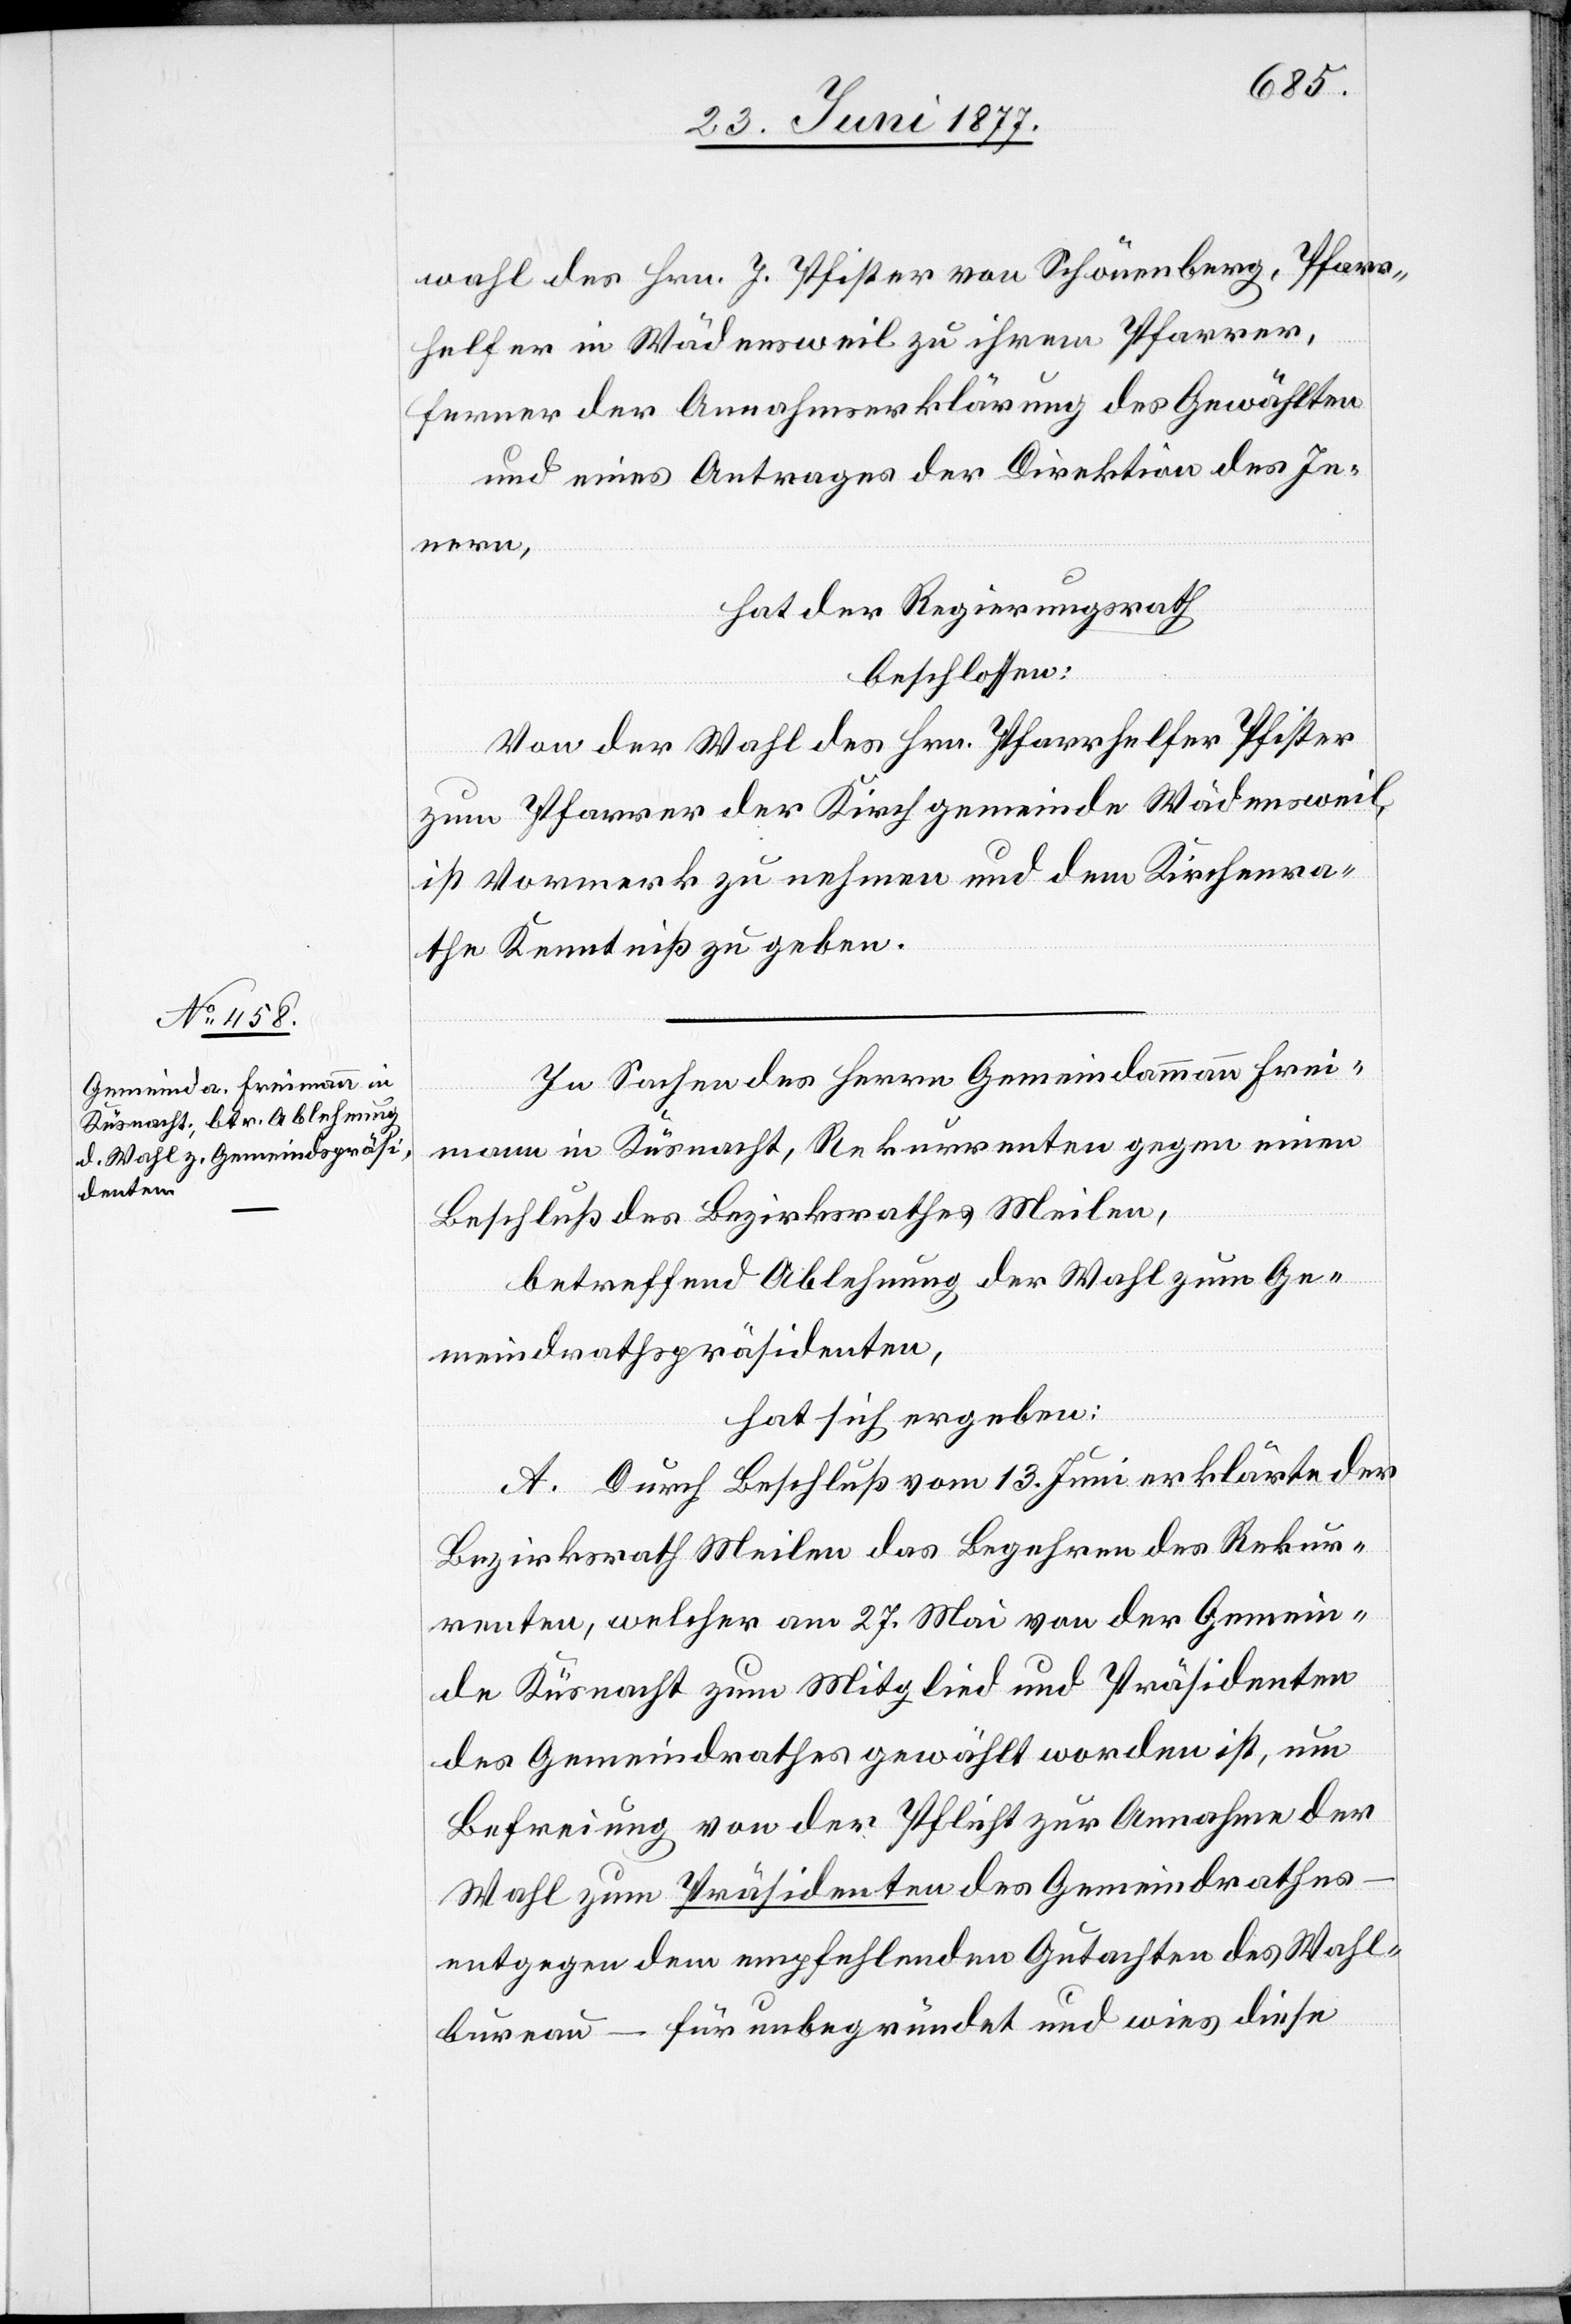
wahl des Hrn. J. Pfister von Schönenberg, Pfarr¬
helfer in Wädensweil zu ihrem Pfarrer,
ferner der Annahmserklärung des Gewählten,
und eines Antrages der Direktion des In¬
nern,
hat der Regierungsrath
beschlossen:
Von der Wahl des Hrn. Pfarrhelfer Pfister
zum Pfarrer der Kirchgemeinde Wädensweil
ist Vormerk zu nehmen und dem Kirchenra¬
the Kenntniß zu geben.
In Sachen des Herrn Gemeindammann Frei¬
mann in Küsnacht, Rekurrenten gegen einen
Beschluß des Bezirksrathes Meilen,
betreffend Ablehnung der Wahl zum Ge¬
meindrathspräsidenten,
hat sich ergeben:
A. Durch Beschluß vom 13. Juni erklärte der
Bezirksrath Meilen das Begehren des Rekur¬
renten, welcher am 27. Mai von der Gemein¬
de Küsnacht zum Mitglied und Präsidenten
des Gemeindrathes gewählt worden ist, um
Befreiung von der Pflicht zur Annahme der
Wahl zum Präsidenten des Gemeindrathes
entgegen dem empfehlenden Gutachten des Wahl¬
bureau – für unbegründet und wies diese